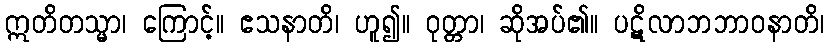
ဣတိတသ္မာ၊ ကြောင့်။ ဧသနာတိ၊ ဟူ၍။ ဝုတ္တာ၊ ဆိုအပ်၏။ ပဋိလာဘဘာဝနာတိ၊